Annual statistical returns and brief notes on vaccination in Bengal - 1909-1929
Year: 1909
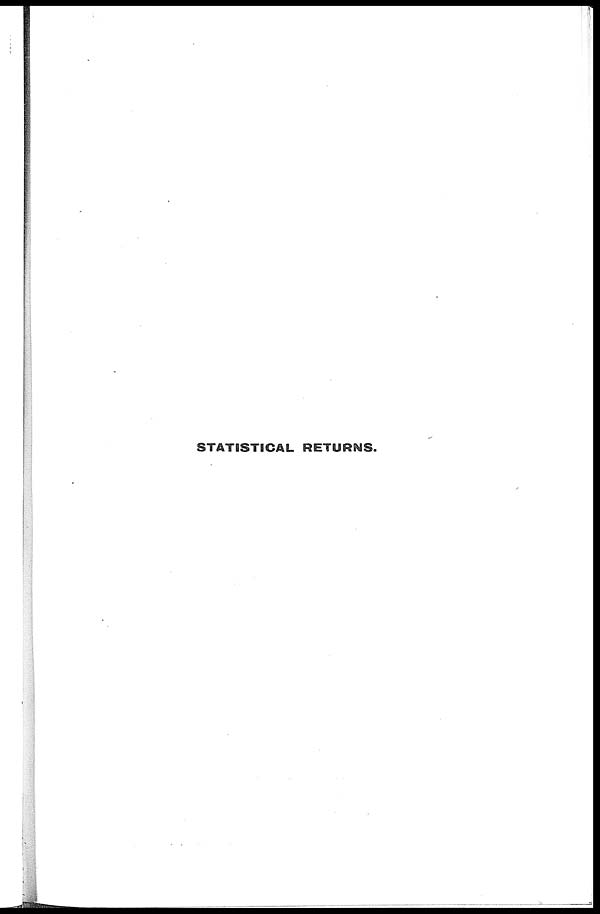
STATISTICAL RETURNS.